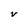
Character: V